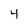
Character: 4